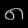
Digit: ၈